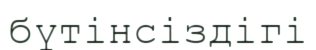
бүтінсіздігі